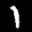
Label: 1